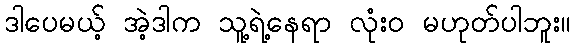
ဒါပေမယ့် အဲ့ဒါက သူ့ရဲ့နေရာ လုံးဝ မဟုတ်ပါဘူး။